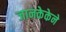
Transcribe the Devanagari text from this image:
जानकेकेने